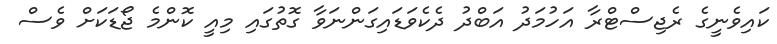
ކައިވެނީގެ ރެޖިސްޓްރާ އަހުމަދު އަބްދު ދެކެވަޑައިގަންނަވާ ގޮތުގައި މިއީ ކޮންމެ ޖޯޑަކަށް ވެސް